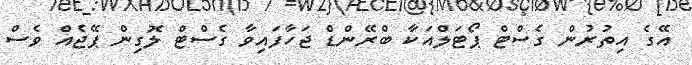
އޭގެ އިތުރުން ގެސްޓް ޕޯޓަލްއަކާ ބްރޭންޑް ޖަހާފައިވާ ގެސްޓް ލޮގިން ޕޭޖެއް ވެސް